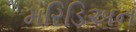
મરિડિઅન